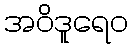
အဝိဒူရေဝ